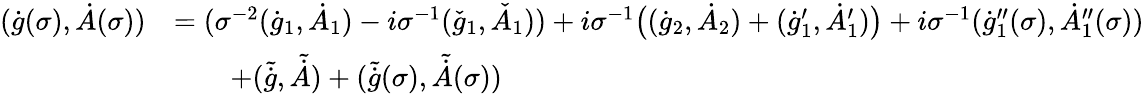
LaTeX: \begin{array}{rl}{(\dot{g}(\sigma),\dot{A}(\sigma))}&{=(\sigma^{-2}(\dot{g}_{1},\dot{A}_{1})-i\sigma^{-1}(\check{g}_{1},\check{A}_{1}))+i\sigma^{-1}\big((\dot{g}_{2},\dot{A}_{2})+(\dot{g}_{1}^{\prime},\dot{A}_{1}^{\prime})\big)+i\sigma^{-1}(\dot{g}_{1}^{\prime\prime}(\sigma),\dot{A}_{1}^{\prime\prime}(\sigma))}\\ &{\qquad+(\tilde{\dot{g}},\tilde{\dot{A}})+(\tilde{\dot{g}}(\sigma),\tilde{\dot{A}}(\sigma))}\end{array}